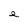
Character: e